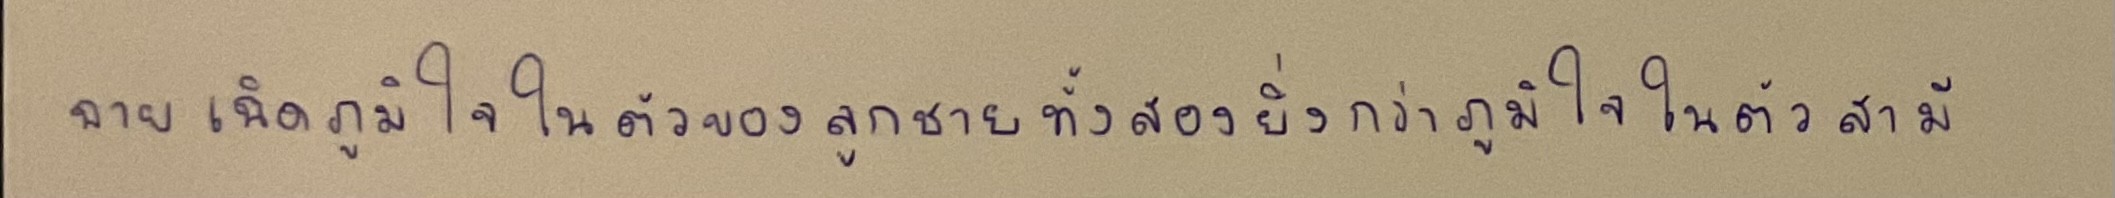
ฉายเฉิดภูมิใจในตัวของลูกชายทั้งสองยิ่งกว่าภูมิใจในตัวสามี